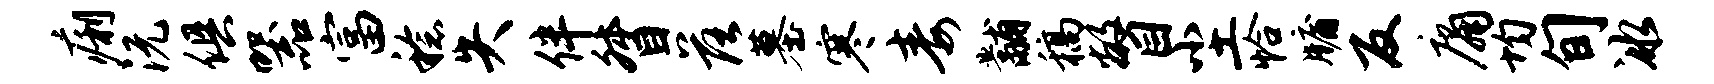
痢沅俱器富稔失伴督落墓寒毒黼稿瞥尘恰牖反庸均旬冰